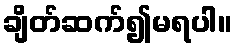
ချိတ်ဆက်၍မရပါ။